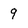
Character: q